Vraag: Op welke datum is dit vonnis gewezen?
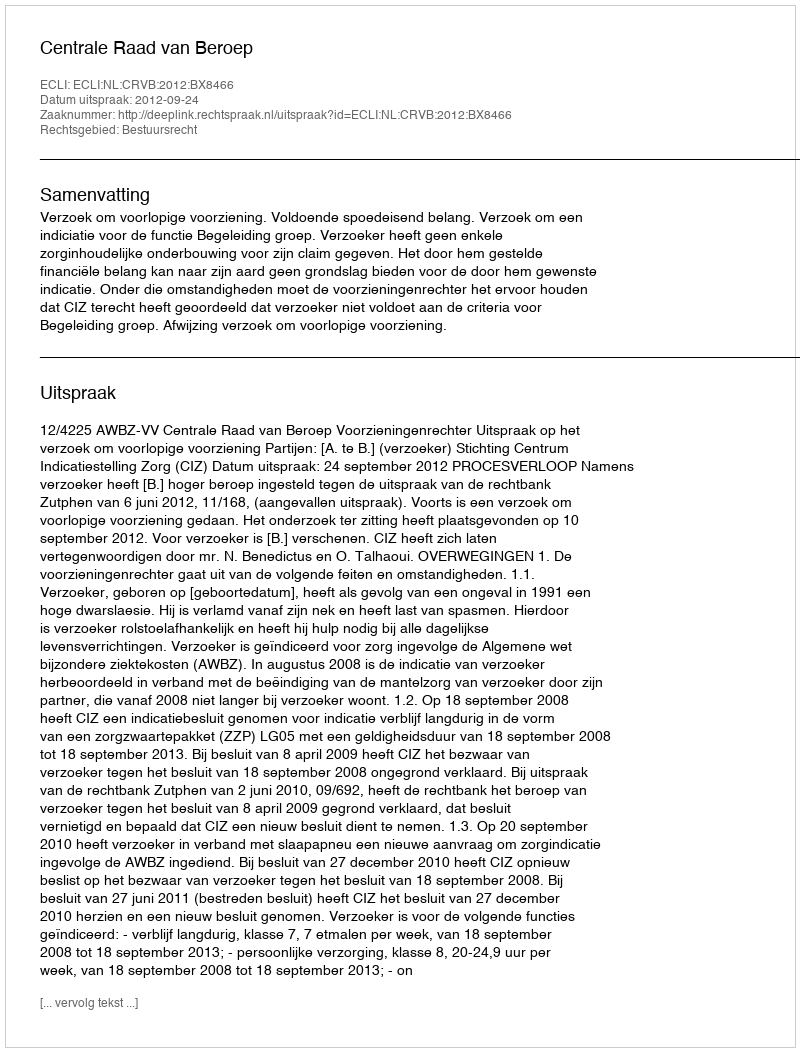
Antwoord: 2012-09-24